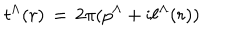
t ^ { \Lambda } ( r ) \, = \, 2 \pi ( p ^ { \Lambda } + \mathrm { i } \ell ^ { \Lambda } ( r ) )